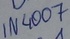
Text: 1N4007